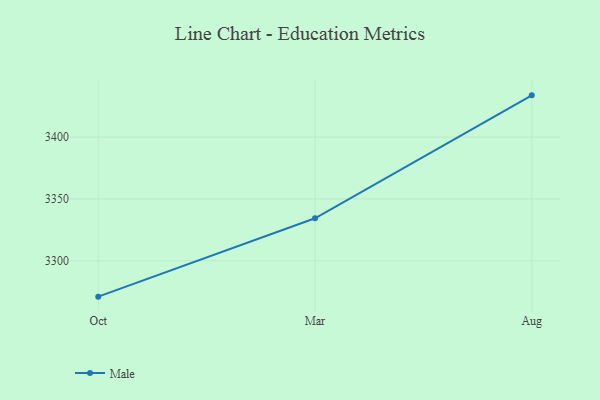
{"axis": {"x": "Month", "y": "Production Output"}, "legend": ["Male"], "data": [{"x": "Oct", "y": 3270.9, "type": "Male"}, {"x": "Mar", "y": 3334.3, "type": "Male"}, {"x": "Aug", "y": 3433.8, "type": "Male"}]}